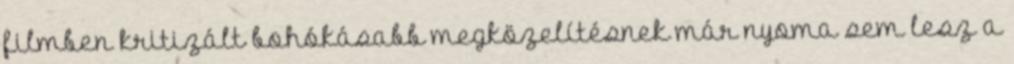
filmben kritizált bohókásabb megközelítésnek már nyoma sem lesz a